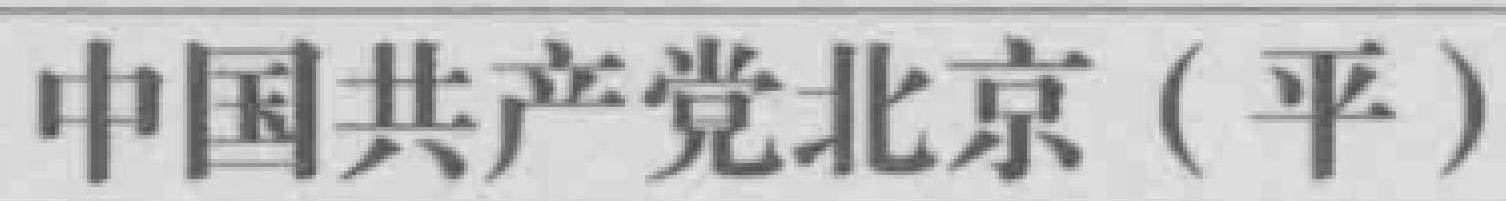
中国共产党北京（平）